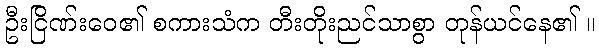
ဦးငြိဏ်းဝေ၏ စကားသံက တီးတိုးညင်သာစွာ တုန်ယင်နေ၏ ။